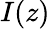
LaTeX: I(z)